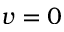
v = 0